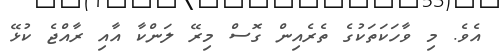
އެވެ. މި ވާހަކަތަކުގެ ތެރެއިން ގޮސް މިރޭ ލަންކާ އާއި ރާއްޖެ ކުޅޭ